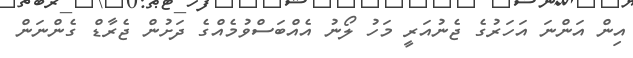
އިން އަންނަ އަހަރުގެ ޖެނުއަރީ މަހު ލޯނު އެއްބަސްވުމެއްގެ ދަށުން ޖެރާޑް ގެންނަން